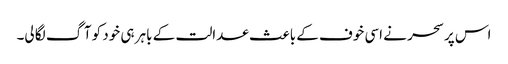
اس پر سحر نے اسی خوف کے باعث عدالت کے باہر ہی خود کو آگ لگا لی۔